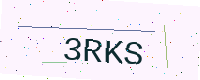
Text: 3RKS